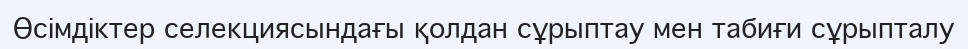
Өсімдіктер селекциясындағы қолдан сұрыптау мен табиғи сұрыпталу